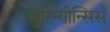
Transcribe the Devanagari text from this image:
थुरिन्गीन्सिस